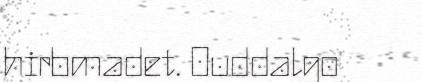
hirbmadet. Ouddalgo